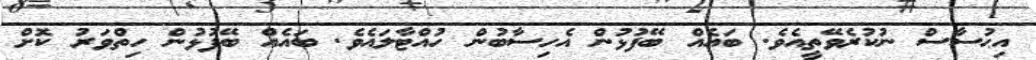
އިޙުސާސް ނުކުރެވޭތީއެވެ. ބައެއް ބޭފުޅުން އެހިސާބުން ހުއްޓާލައެވެ. ބައެއް ބޭފުޅުން ހިތްވަރު ކޮށް